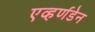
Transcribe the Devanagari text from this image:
एव्हर्णडेन